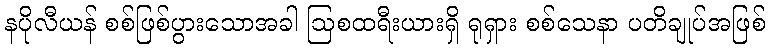
နပိုလီယန် စစ်ဖြစ်ပွားသောအခါ ဩစထရီးယားရှိ ရုရှား စစ်သေနာ ပတိချုပ်အဖြစ်